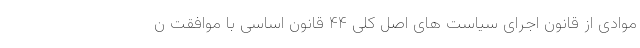
موادی از قانون اجرای سیاست های اصل کلی ۴۴ قانون اساسی با موافقت ن